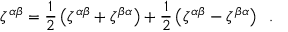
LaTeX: \zeta ^ { \alpha \beta } = { \frac { 1 } { 2 } } \left( \zeta ^ { \alpha \beta } + \zeta ^ { \beta \alpha } \right) + { \frac { 1 } { 2 } } \left( \zeta ^ { \alpha \beta } - \zeta ^ { \beta \alpha } \right) \; \; .